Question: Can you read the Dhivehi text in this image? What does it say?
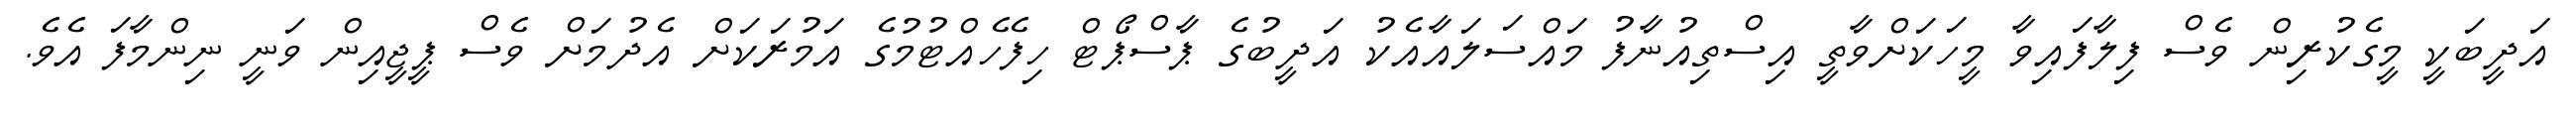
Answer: އަދީބަކީ މީގެކުރިން ވެސް ފިލާފައިވާ މީހަކަށްވާތީ އިސްތިއުނާފު މައްސަލައާއެކު އަދީބުގެ ޕާސްޕޯޓް ހިފެހެއްޓުމުގެ އަމުރަކަށް އެދުމަށް ވެސް ޕީޖީއިން ވަނީ ނިންމާފަ އެވެ.